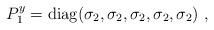
LaTeX: \begin{align*}P^{y}_1={\rm diag}(\sigma_2, \sigma_2, \sigma_2, \sigma_2, \sigma_2)~,~\,\end{align*}